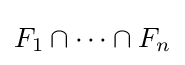
F_{1}\cap \dots \cap F_{n}